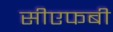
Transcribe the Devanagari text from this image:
सीएफबी